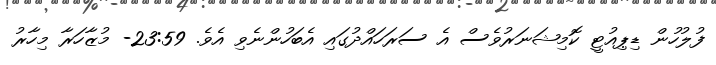
ފުލުހުން ޑިޕިއުޓީ ކޮމިޝަނަރުވެސް އެ ސަރަހައްދުގައި އެބަހުންނެވި އެވެ. 23:59- މުޒާހަރާ މިހާރު